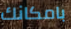
بامكانك